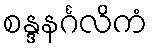
စန္ဒနင်္ဂလိကံ